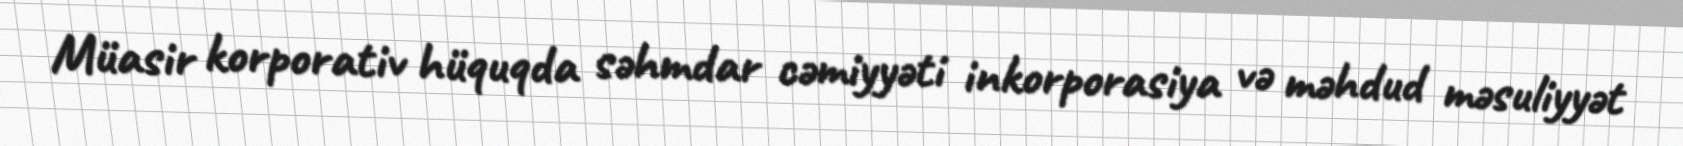
Müasir korporativ hüquqda səhmdar cəmiyyəti inkorporasiya və məhdud məsuliyyət